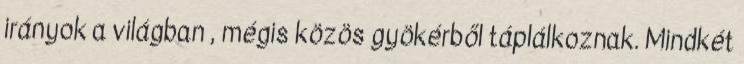
irányok a világban , mégis közös gyökérből táplálkoznak. Mindkét